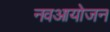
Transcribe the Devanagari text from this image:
नवआयोजन